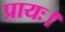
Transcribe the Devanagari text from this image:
प्रायः।